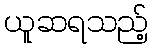
ယူဆရသည့်